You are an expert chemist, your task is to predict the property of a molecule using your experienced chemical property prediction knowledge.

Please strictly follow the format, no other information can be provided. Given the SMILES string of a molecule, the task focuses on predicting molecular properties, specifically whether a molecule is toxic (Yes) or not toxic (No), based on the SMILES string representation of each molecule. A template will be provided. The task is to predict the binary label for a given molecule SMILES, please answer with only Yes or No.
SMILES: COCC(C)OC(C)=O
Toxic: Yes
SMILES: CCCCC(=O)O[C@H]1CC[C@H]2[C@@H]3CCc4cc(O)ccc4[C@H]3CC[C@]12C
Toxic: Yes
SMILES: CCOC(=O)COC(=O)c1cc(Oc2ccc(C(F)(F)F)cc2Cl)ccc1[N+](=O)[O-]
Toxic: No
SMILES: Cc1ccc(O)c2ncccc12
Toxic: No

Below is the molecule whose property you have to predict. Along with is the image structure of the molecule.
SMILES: O=c1[nH]oc2c1CCNC2
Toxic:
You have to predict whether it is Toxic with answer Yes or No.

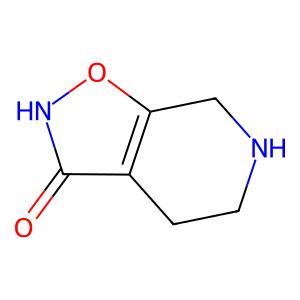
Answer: No